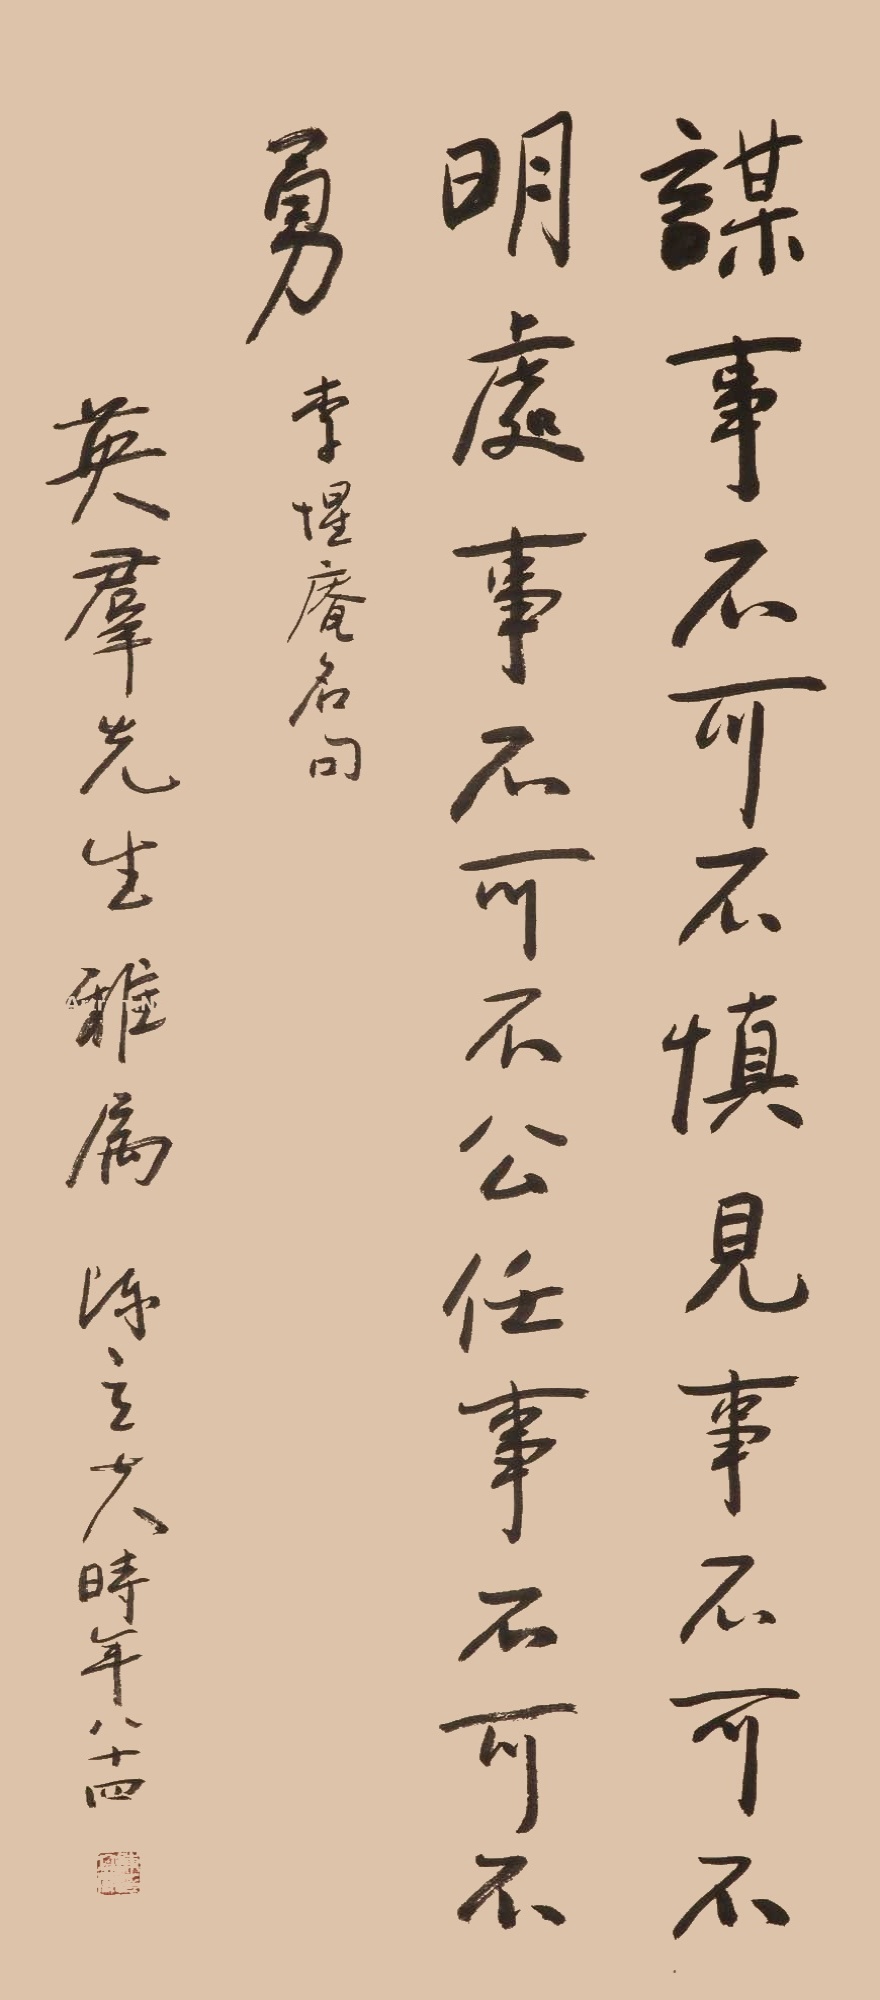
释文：谋事不可不慎，见事不可不明。处事不可不公，任事不可不勇。李惺庵名句。英群先生雅属，陈立夫时年八十四。